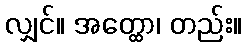
လျှင်။ အတ္ထော၊ တည်း။